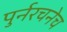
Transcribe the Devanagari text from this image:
पुर्नरचनेच